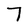
Character: 7